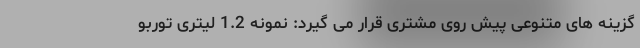
گزینه های متنوعی پیش روی مشتری قرار می گیرد: نمونه 1.2 لیتری توربو